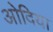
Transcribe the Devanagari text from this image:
ओदिया